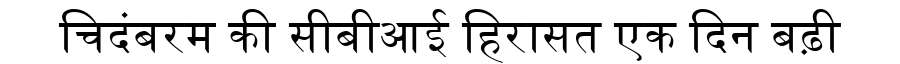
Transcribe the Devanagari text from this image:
चिदंबरम की सीबीआई हिरासत एक दिन बढ़ी